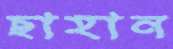
ছাহান